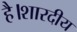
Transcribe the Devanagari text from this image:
है।शारदीय